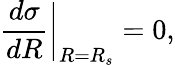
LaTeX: \frac{d\sigma}{dR}\bigg|_{R=R_{s}}=0,